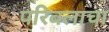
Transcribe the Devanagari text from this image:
परिबलाचा